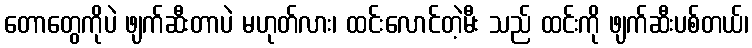
တောတွေကိုပဲ ဖျက်ဆီးတာပဲ မဟုတ်လား၊ ထင်းလောင်တဲ့မီး သည် ထင်းကို ဖျက်ဆီးပစ်တယ်၊